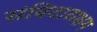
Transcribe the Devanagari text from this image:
संविदासक्षम